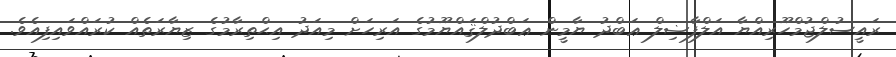
ރައީސުލްޖުމްހޫރިއްޔާ އަލްފާޟިލް ޢަބްދު ޔާމީން ޢަބްދުލްޤައްޔޫމުގެ އަރިހަށް މިއަދު އިޙްތިރާމުގެ ޒިޔާރަތެއް ކުރައްވައިފިއެވެ.